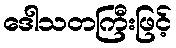
ဒေါသတကြီးဖြင့်